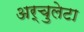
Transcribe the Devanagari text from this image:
अर्चुलेटा